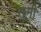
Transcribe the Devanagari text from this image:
सूमी